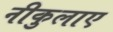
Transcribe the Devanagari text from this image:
नीकुलाए